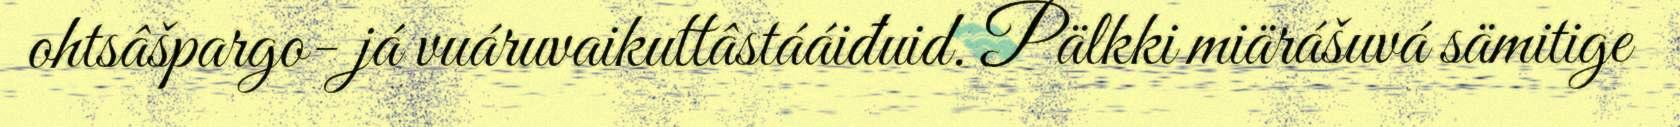
ohtsâšpargo- já vuáruvaikuttâstááiđuid. Pälkki miärášuvá sämitige